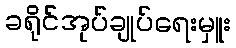
ခရိုင်အုပ်ချုပ်ရေးမှူး